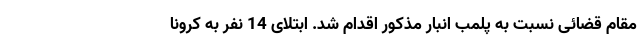
مقام قضائی نسبت به پلمب انبار مذکور اقدام شد. ابتلای 14 نفر به کرونا